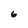
Character: 6